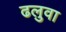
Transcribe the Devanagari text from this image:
ढलुवा